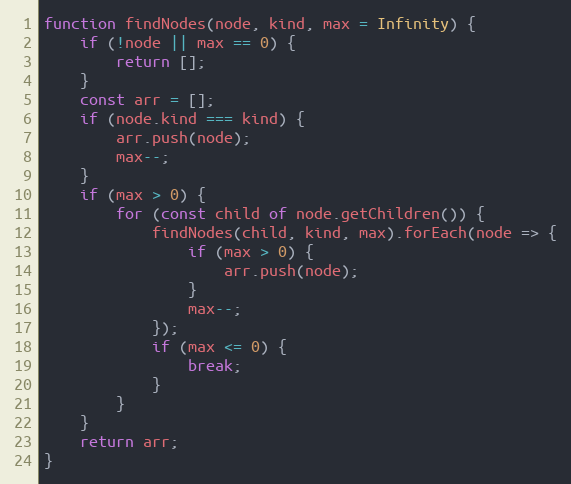
Language: JavaScript
function findNodes(node, kind, max = Infinity) {
    if (!node || max == 0) {
        return [];
    }
    const arr = [];
    if (node.kind === kind) {
        arr.push(node);
        max--;
    }
    if (max > 0) {
        for (const child of node.getChildren()) {
            findNodes(child, kind, max).forEach(node => {
                if (max > 0) {
                    arr.push(node);
                }
                max--;
            });
            if (max <= 0) {
                break;
            }
        }
    }
    return arr;
}